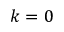
k = 0